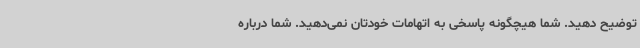
توضیح دهید. شما هیچگونه پاسخی به اتهامات خودتان نمی‌دهید. شما درباره